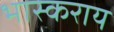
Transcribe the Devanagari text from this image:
भास्कराय